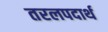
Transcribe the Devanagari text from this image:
तरलपदार्थ